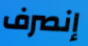
إنصرف